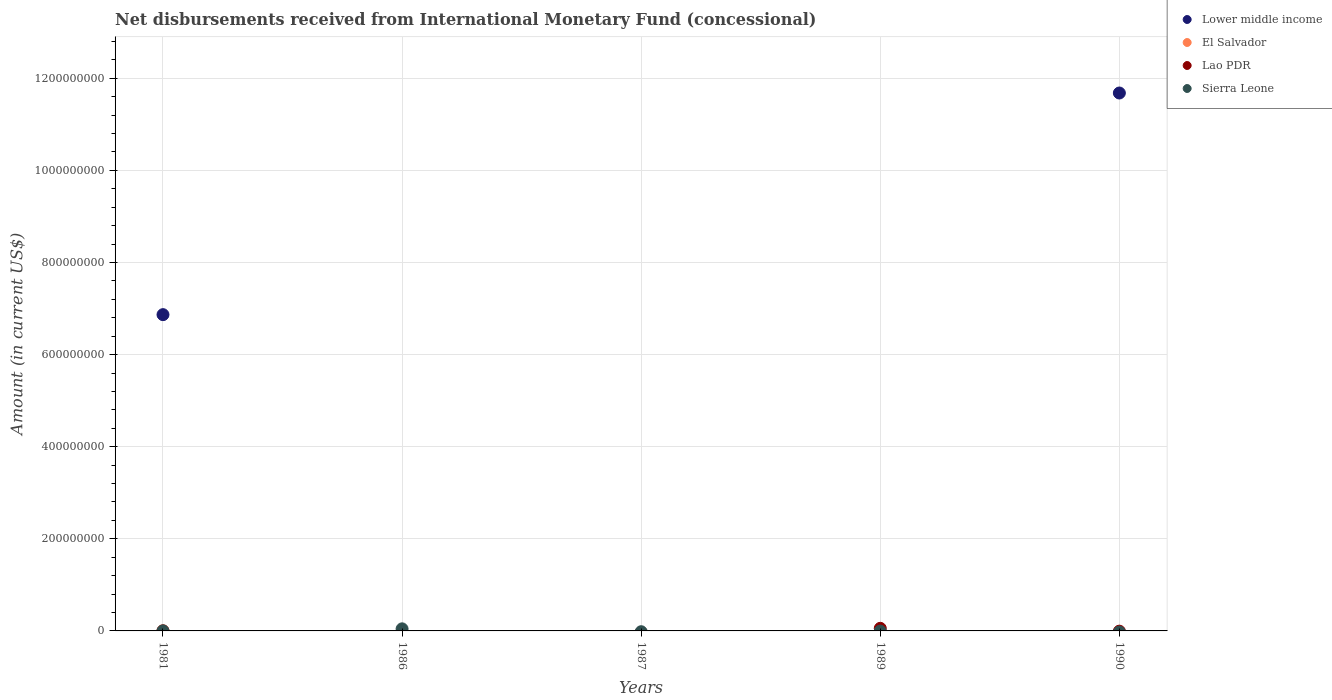
| Years | Lower middle income | El Salvador | Lao PDR | Sierra Leone |
 | --- | --- | --- | --- | --- |
 | 1981 | 6.87e+08 | 1.56e+05 | 5.8e+04 | 1.11e+05 |
 | 1986 | -8.6e+08 | -4.59e+06 | -2.97e+06 | 4.52e+06 |
 | 1987 | -1.28e+09 | -5.12e+06 | -3.32e+06 | -1.72e+06 |
 | 1989 | -4.91e+08 | -5.02e+06 | 5.65e+06 | -4.15e+05 |
 | 1990 | 1.17e+09 | -5.31e+06 | -5.36e+05 | -2.48e+06 |